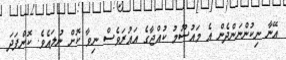
އޭނާ ނިކުންނަންދެން އެ މައުސޫމު ކުއްޖާގެ އައުރަވެސް ނިވާ ކޮށް ނުލައެވެ. ކޮންފަދަ